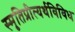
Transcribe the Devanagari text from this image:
स्मृतिप्रीत्यर्थविविध